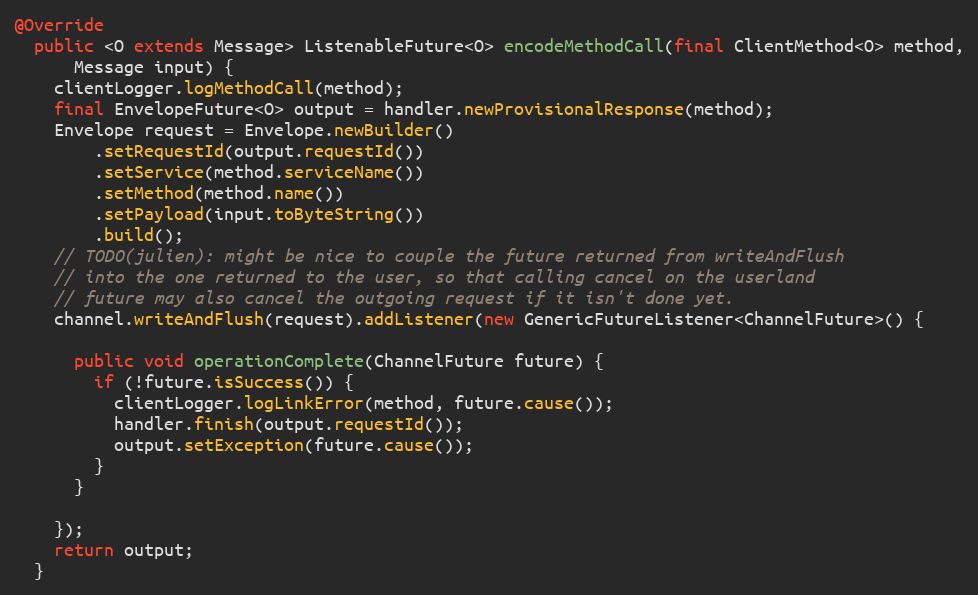
Language: Java
@Override
  public <O extends Message> ListenableFuture<O> encodeMethodCall(final ClientMethod<O> method,
      Message input) {
    clientLogger.logMethodCall(method);
    final EnvelopeFuture<O> output = handler.newProvisionalResponse(method);
    Envelope request = Envelope.newBuilder()
        .setRequestId(output.requestId())
        .setService(method.serviceName())
        .setMethod(method.name())
        .setPayload(input.toByteString())
        .build();
    // TODO(julien): might be nice to couple the future returned from writeAndFlush
    // into the one returned to the user, so that calling cancel on the userland
    // future may also cancel the outgoing request if it isn't done yet.
    channel.writeAndFlush(request).addListener(new GenericFutureListener<ChannelFuture>() {

      public void operationComplete(ChannelFuture future) {
        if (!future.isSuccess()) {
          clientLogger.logLinkError(method, future.cause());
          handler.finish(output.requestId());
          output.setException(future.cause());
        }
      }

    });
    return output;
  }